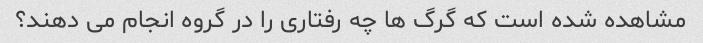
مشاهده شده است که گرگ ها چه رفتاری را در گروه انجام می دهند؟